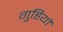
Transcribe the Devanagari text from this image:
गुहियों